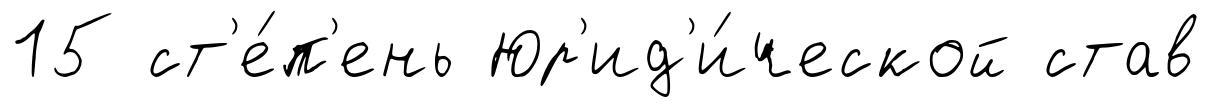
15 ст'е́п'ень Юр'ид'и́ческой став